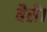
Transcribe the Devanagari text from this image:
बैरी।